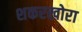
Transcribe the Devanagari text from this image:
शकरखोरा